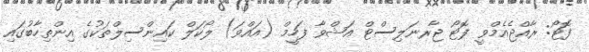
ފޮޓޯ: ރާއްޖެއެމްވީ ފޮޓޯ ޖާރނަލިސްޓް އަޝްވާ ފަހީމް (އައްވަ) ލޯކަލް ކައިންސިލްތަކުގެ އިންތިހާބުގައި